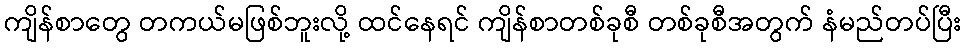
ကျိန်စာတွေ တကယ်မဖြစ်ဘူးလို့ ထင်နေရင် ကျိန်စာတစ်ခုစီ တစ်ခုစီအတွက် နံမည်တပ်ပြီး